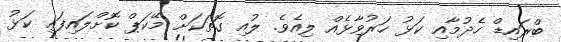
ބްރައިޑް ހެދުމާއި ކަޅު ހަރުވާޅެއް ލިއެވެ. ލުއި ގޮތަކަށް މޭކަޕް ކޮށްލައިފައި ކަޅު